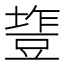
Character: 𰊰